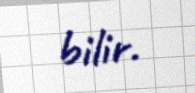
bilir.